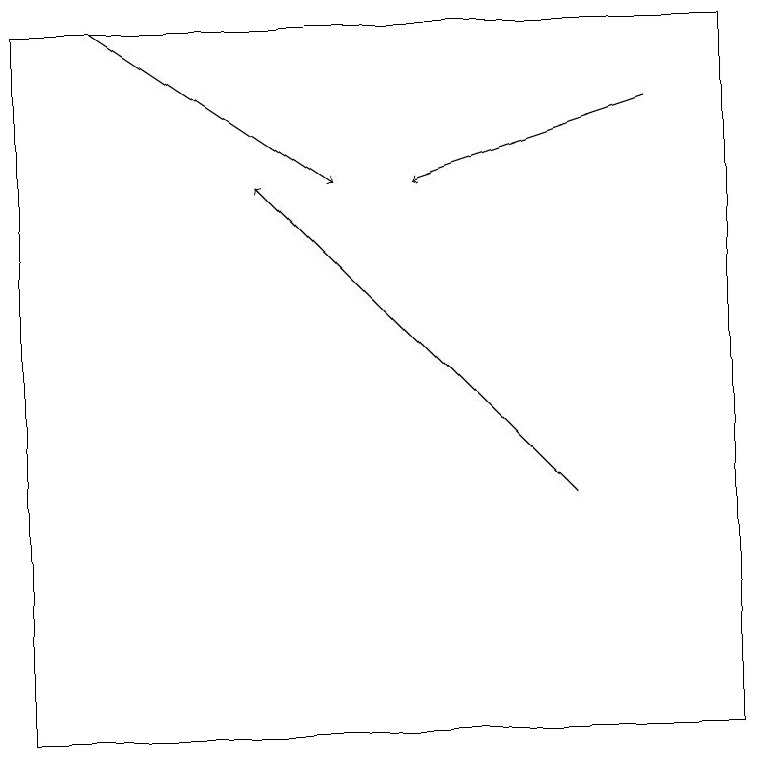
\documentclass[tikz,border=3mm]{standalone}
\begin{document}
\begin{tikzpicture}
\draw[->] (7,13) -- (3,17);
\draw[->] (8,18) -- (5,17);
\draw (9,10) rectangle (0,19);
\draw[->] (1,19) -- (4,17);
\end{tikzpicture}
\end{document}